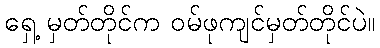
ရှေ့ မှတ်တိုင်က ဝမ်ဖုကျင်မှတ်တိုင်ပဲ။